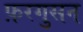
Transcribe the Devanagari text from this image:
फ़रगुसन